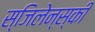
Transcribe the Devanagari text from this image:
स्जिलेन्स्की